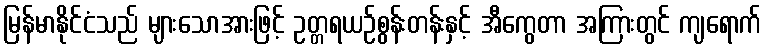
မြန်မာနိုင်ငံသည် များသောအားဖြင့် ဥတ္တရယဉ်စွန်းတန်းနှင့် အီကွေတာ အကြားတွင် ကျရောက်